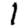
Digit: 1